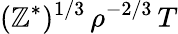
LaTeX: (\mathbb{Z}^{*})^{1/3}\, \rho^{-2/3}\, T